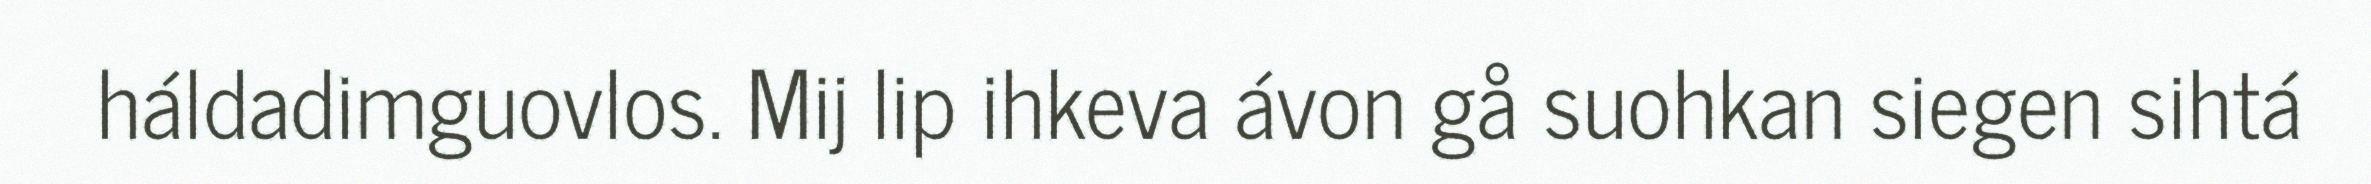
háldadimguovlos. Mij lip ihkeva ávon gå suohkan siegen sihtá